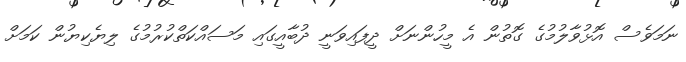
ނަމަވެސް އޮޅުވާލުމުގެ ގޮތުން އެ މީހުންނަށް ދީފައިވަނީ ދުބާއީގައި މަސައްކަތްކުރުމުގެ ލިޔެކިޔުން ކަމަށް